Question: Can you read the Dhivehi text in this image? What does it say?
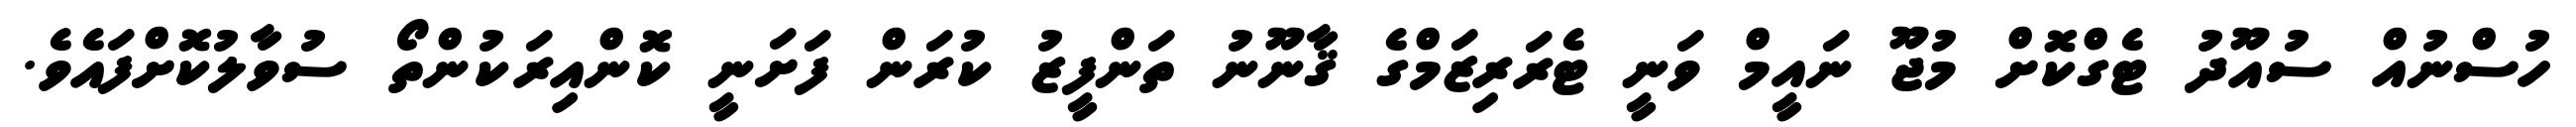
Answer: ހުސްނުއް ސުއޫދު ޓެގްކޮށް މުޖޫ ނައީމް ވަނީ ޓެރަރިޒަމްގެ ޤާނޫނު ތަންފީޒު ކުރަން ފަށަނީ ކޮންއިރަކުންތޯ ސުވާލުކޮށްފައެވެ.